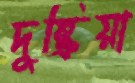
দুষ্ক্রিয়া